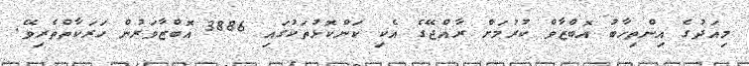
މިއަދުގެ އިންތިހާބު އޮބްޒާވް ކުރުމަށް ރާއްޖޭގެ އެކި ކަންކޮޅުތަކުގައި 3886 އޮބްޒާވަރުން ހަރަކާތްތެރިވޭ.